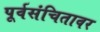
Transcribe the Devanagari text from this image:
पूर्वसंचितावर